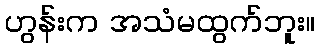
ဟွန်းက အသံမထွက်ဘူး။